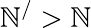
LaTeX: \mathbb{N}^{/}>\mathbb{N}